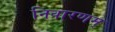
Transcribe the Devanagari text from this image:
निवारणम्